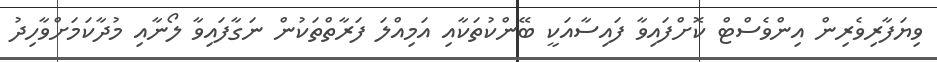
ވިޔަފާރިވެރިން އިންވެސްޓް ކޮށްފައިވާ ފައިސާއަކީ ބޭންކުތަކާއި އަމިއްލަ ފަރާތްތަކުން ނަގާފައިވާ ލޯނާއި މުދާކަމަށްވާހިދު